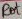
Text: Rot